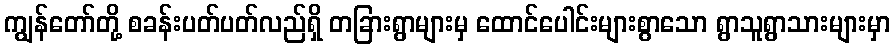
ကျွန်တော်တို့ စခန်းပတ်ပတ်လည်ရှိ တခြားရွာများမှ ထောင်ပေါင်းများစွာသော ရွာသူရွာသားများမှာ